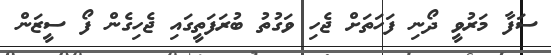
ސަފާ މަރުވީ ދޯނި ފަހަތަށް ޖެހި ވަގުތު ބުރަފަތީގައި ޖެހިގެން ފޯ ސީޒަން